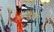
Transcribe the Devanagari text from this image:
अहवालावर